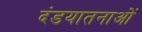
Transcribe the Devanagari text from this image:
दंडयातनाओं